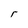
Character: r